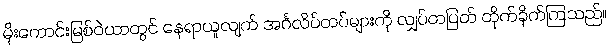
မိုးကောင်းမြစ်ဝဲယာတွင် နေရာယူလျက် အင်္ဂလိပ်တပ်များကို လျှပ်တပြတ် တိုက်ခိုက်ကြသည်။